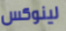
لينوكس